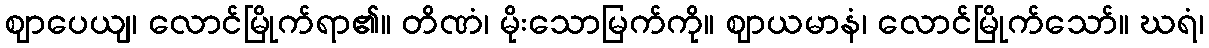
ဈာပေယျ၊ လောင်မြိုက်ရာ၏။ တိဏံ၊ မိုးသောမြက်ကို။ ဈာယမာနံ၊ လောင်မြိုက်သော်။ ဃရံ၊